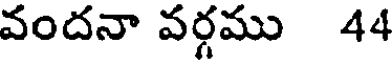
వందనా వర్గము 44